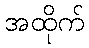
အထိုက်